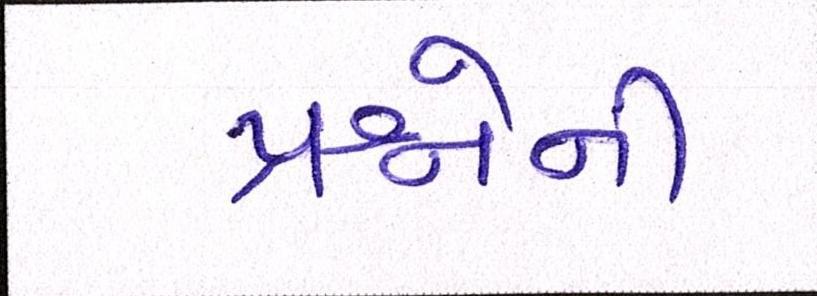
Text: પ્રશ્નોની